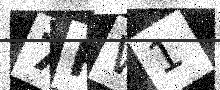
Text: 7HW1